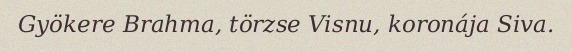
Gyökere Brahma, törzse Visnu, koronája Siva.